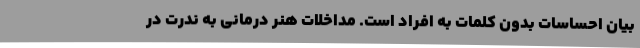
بیان احساسات بدون کلمات به افراد است. مداخلات هنر درمانی به ندرت در